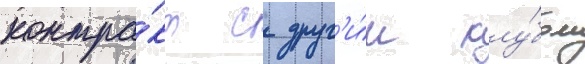
контра́кт с друг'и́м клу́бом